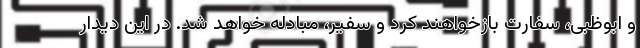
و ابوظبی، سفارت بازخواهند کرد و سفیر، مبادله خواهد شد. در این دیدار